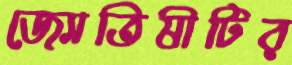
জ্যোতিষীটির